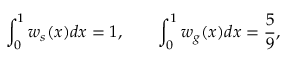
\int _ { 0 } ^ { 1 } w _ { s } ( x ) d x = 1 , \qquad \int _ { 0 } ^ { 1 } w _ { g } ( x ) d x = \frac { 5 } { 9 } ,